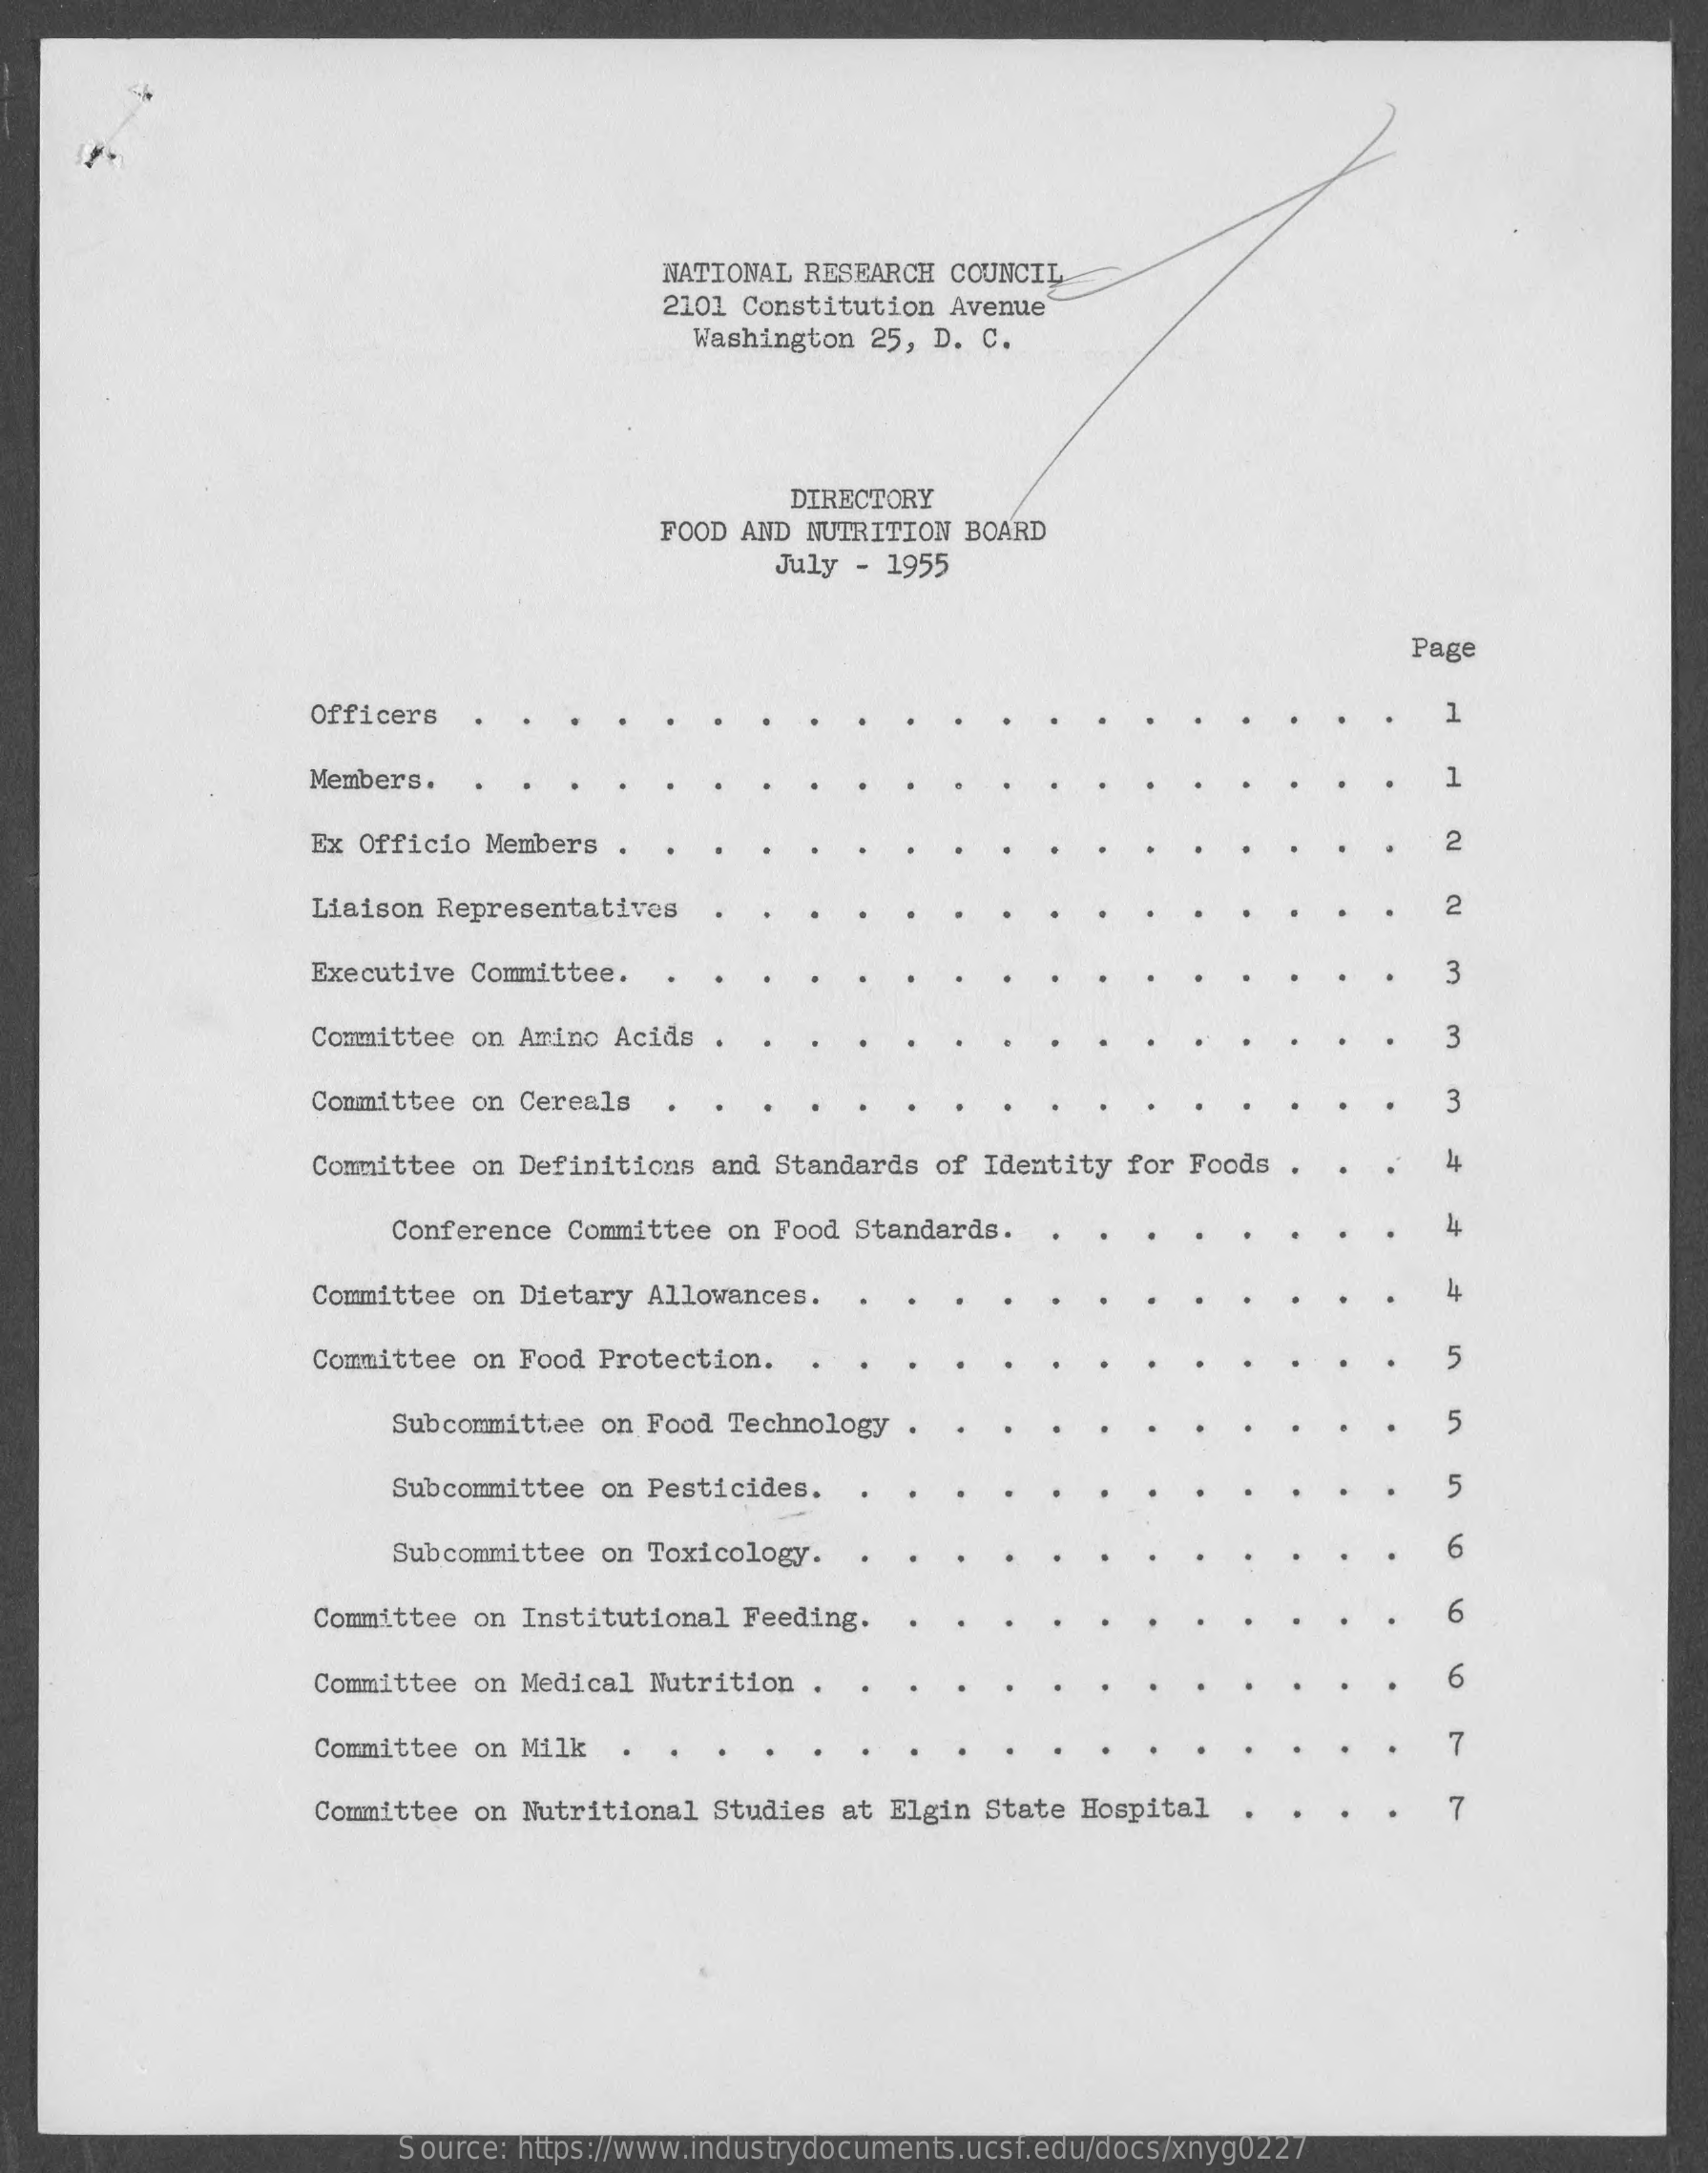
NATIONAL RESEARCH  COUNCIL
     2101 Constitution  Avenue
     Washington  25, D. C.
     DIRECTORY
     FOOD AND NUTRITION  BOARD
     July - 1955
     Page
     Officers    1
     Members.    1
     Ex Officio  Members    2
     Liaison Representatives    2
     Executive Committee.    3
     Committee on Amino Acids    3
     Committee on Cereals    3
     Committee on Definitions and Standards  of Identity for Foods  .    4
     Conference Committee on Food  Standards.    4
     Committee on Dietary Allowances.
     Committee on Food Protection.    5
     Subcommittee on Food Technology    5
     Subcommittee on Pesticides.    5
     Subcommittee on Toxicology.    6
     Committee on Institutional Feeding.    6
     Committee on Medical Nutrition  .    6
     Committee on Milk    7
     Committee on Nutritional Studies  at Elgin State Hospital    7
     Source: https://www.industrydocuments.ucsf.edu/docs/xnyg0227